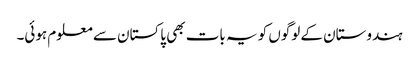
ہندوستان کے لوگوں کو یہ بات بھی پاکستان سے معلوم ہوئی۔